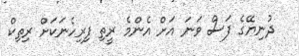
ދުނިޔޭގެ ފަސް ވަނަ އަށް އެންމެ ރީތި ފިރިހެނަކަށް ރިތިކް